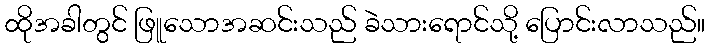
ထိုအခါတွင် ဖြူသောအဆင်းသည် ခဲသားရောင်သို့ ပြောင်းလာသည်။